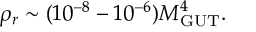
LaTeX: \rho _ { r } \sim ( 1 0 ^ { - 8 } - 1 0 ^ { - 6 } ) M _ { \mathrm { G U T } } ^ { 4 } .